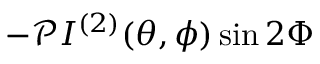
- \mathscr { P } I ^ { ( 2 ) } ( \theta , \phi ) \sin 2 \Phi